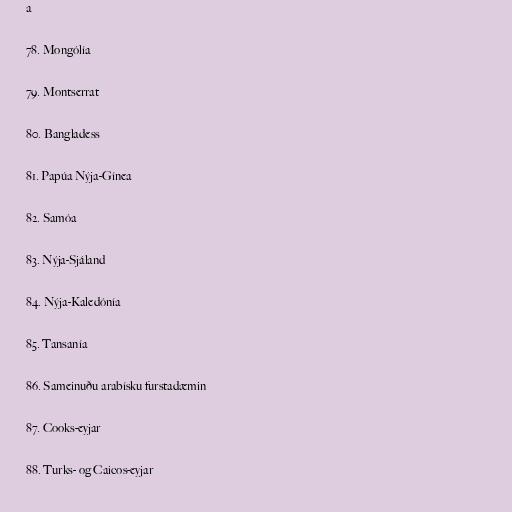
a

78. Mongólía

79. Montserrat

80. Bangladess

81. Papúa Nýja-Gínea

82. Samóa

83. Nýja-Sjáland

84. Nýja-Kaledónía

85. Tansanía

86. Sameinuðu arabísku furstadæmin

87. Cooks-eyjar

88. Turks- og Caicos-eyjar